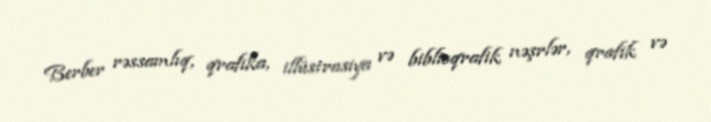
Berber rəssamlıq, qrafika, illüstrasiya və biblioqrafik nəşrlər, qrafik və